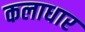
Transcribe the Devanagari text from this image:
कलाधार